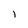
Character: l